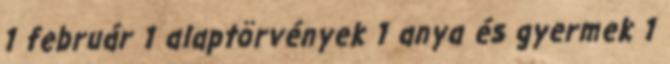
1 február 1 alaptörvények 1 anya és gyermek 1